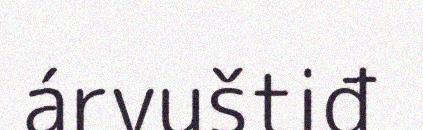
árvuštiđ